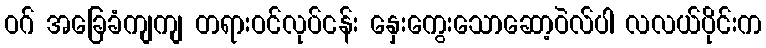
ဝဂ် အခြေခံကျကျ တရားဝင်လုပ်ငန်း နှေးကွေးသောဆော့ဝဲလ်ပါ လလယ်ပိုင်းက